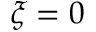
\xi = 0